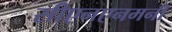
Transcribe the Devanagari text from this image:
सीएनएनमनी